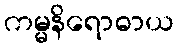
ကမ္မနိရောဓာယ